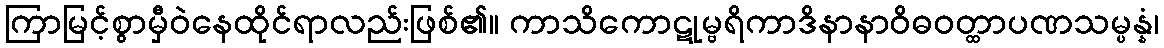
ကြာမြင့်စွာမှီဝဲနေထိုင်ရာလည်းဖြစ်၏။ ကာသိကောဋုမ္ဗရိကာဒိနာနာဝိဓဝတ္ထာပဏသမ္ပန္နံ၊